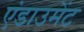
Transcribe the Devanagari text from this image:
एंडाउमेंट